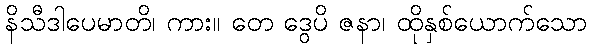
နိသီဒါပေမာတိ၊ ကား။ တေ ဒွေပိ ဇနာ၊ ထိုနှစ်ယောက်သော